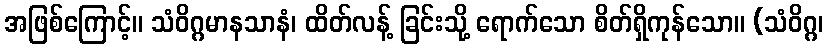
အဖြစ်ကြောင့်။ သံဝိဂ္ဂမာနသာနံ၊ ထိတ်လန့် ခြင်းသို့ ရောက်သော စိတ်ရှိကုန်သော။ (သံဝိဂ္ဂ၊